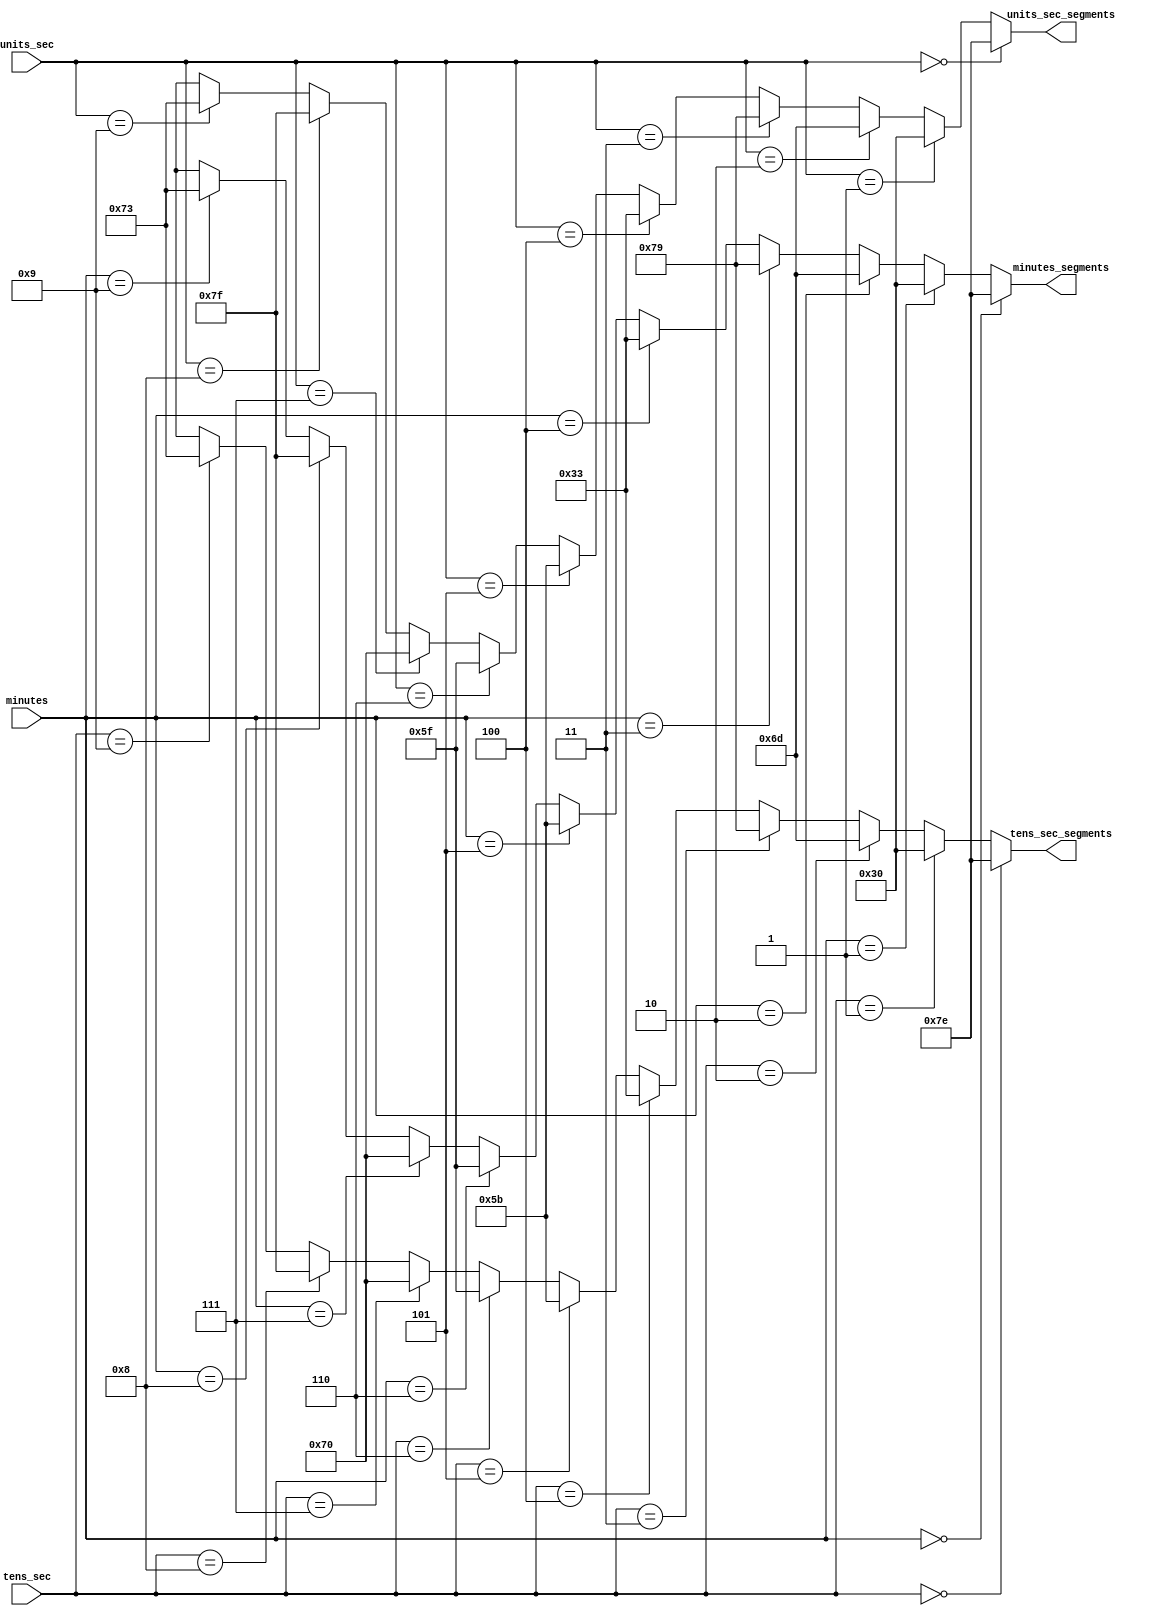
module decoder(units_sec, tens_sec, minutes, units_sec_segments, tens_sec_segments, minutes_segments);

  input wire [3:0] units_sec, tens_sec, minutes;
  output wire [6:0] units_sec_segments, tens_sec_segments, minutes_segments;
  
  assign units_sec_segments = (units_sec == 4'b0000) ? 7'b1111110: // 0
                              (units_sec == 4'b0001) ? 7'b0110000: // 1
                              (units_sec == 4'b0010) ? 7'b1101101: // 2 
                              (units_sec == 4'b0011) ? 7'b1111001: // 3
                              (units_sec == 4'b0100) ? 7'b0110011: // 4
                              (units_sec == 4'b0101) ? 7'b1011011: // 5
                              (units_sec == 4'b0110) ? 7'b1011111: // 6
                              (units_sec == 4'b0111) ? 7'b1110000: // 7
                              (units_sec == 4'b1000) ? 7'b1111111: // 8
                              (units_sec == 4'b1001) ? 7'b1110011: // 9
                              8'bXXXX_XXXX;
  
  assign tens_sec_segments = (tens_sec == 4'b0000) ? 7'b1111110: // 0 ->
                             (tens_sec == 4'b0001) ? 7'b0110000: // 1 ->
                             (tens_sec == 4'b0010) ? 7'b1101101: // 2 ->
                             (tens_sec == 4'b0011) ? 7'b1111001: // 3 ->
                             (tens_sec == 4'b0100) ? 7'b0110011: // 4 ->
                             (tens_sec == 4'b0101) ? 7'b1011011: // 5 ->
                             (tens_sec == 4'b0110) ? 7'b1011111: // 6 ->
                             (tens_sec == 4'b0111) ? 7'b1110000: // 7 ->
                             (tens_sec == 4'b1000) ? 7'b1111111: // 8 ->
                             (tens_sec == 4'b1001) ? 7'b1110011: // 9 ->
                             8'bXXXX_XXXX;

  assign minutes_segments = (minutes == 4'b0000) ? 7'b1111110: // 0 ->
                            (minutes == 4'b0001) ? 7'b0110000: // 1 ->
                            (minutes == 4'b0010) ? 7'b1101101: // 2 ->
                            (minutes == 4'b0011) ? 7'b1111001: // 3 ->
                            (minutes == 4'b0100) ? 7'b0110011: // 4 ->
                            (minutes == 4'b0101) ? 7'b1011011: // 5 ->
                            (minutes == 4'b0110) ? 7'b1011111: // 6 ->
                            (minutes == 4'b0111) ? 7'b1110000: // 7 ->
                            (minutes == 4'b1000) ? 7'b1111111: // 8 ->
                            (minutes == 4'b1001) ? 7'b1110011: // 9 ->
                            8'bXXXX_XXXX;
endmodule